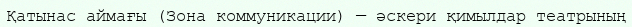
Қатынас аймағы (Зона коммуникации) — әскери қимылдар театрының